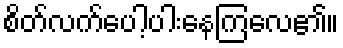
စိတ်လက်ပေါ့ပါးနေကြလေ၏။